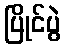
ပြိုင်ပွဲ